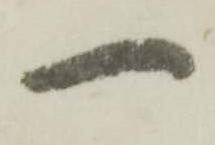
一